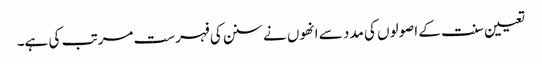
تعیین سنت کے اصولوں کی مدد سے انھوں نے سنن کی فہرست مرتب کی ہے۔